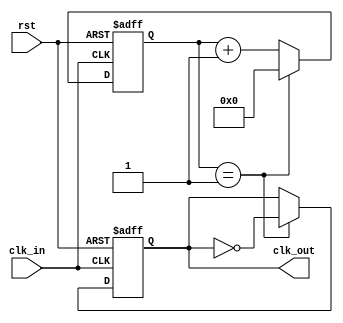
module clk_divider #(
    parameter N = 2 // Division factor (default is 2)
)(
    input wire clk_in,      // Input clock signal
    input wire rst,         // Asynchronous reset
    output reg clk_out      // Output clock signal
);

    // Counter to track clock cycles
    reg [31:0] counter; // 32-bit counter to support larger divisions

    always @(posedge clk_in or posedge rst) begin
        if (rst) begin
            counter <= 0;      // Reset the counter
            clk_out <= 0;      // Reset the output clock
        end else begin
            if (counter == (N - 1)) begin
                clk_out <= ~clk_out; // Toggle the output clock
                counter <= 0;         // Reset counter
            end else begin
                counter <= counter + 1; // Increment counter
            end
        end
    end

endmodule